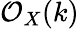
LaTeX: {\mathcal{O}}_{X}(k)